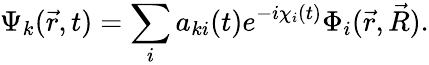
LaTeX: \Psi_{k}(\vec{r},t)=\sum_{i}a_{ki}(t)e^{-i\chi_{i}(t)}\Phi_{i}(\vec{r},\vec{R}).